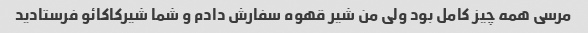
مرسی همه چیز کامل بود ولی من شیر قهوه سفارش دادم و شما شیرکاکائو فرستادید